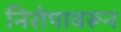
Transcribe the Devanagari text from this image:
निरोपावरून